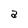
Character: a